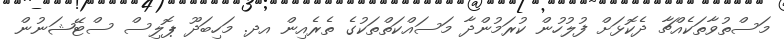
މަސްތުވާތަކެއްޗާ ދެކޮޅަށް ފުލުހުން ކުރަމުންދާ މަސައްކަތްތަކުގެ ތެރެއިން އދ. މަހިބަދޫ ޕޮލިސް ސްޓޭޝަނުން